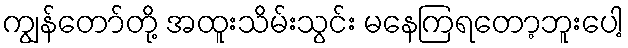
ကျွန်တော်တို့ အထူးသိမ်းသွင်း မနေကြရတော့ဘူးပေါ့